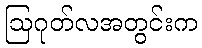
ဩဂုတ်လအတွင်းက